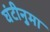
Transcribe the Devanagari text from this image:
घंटीनुमा